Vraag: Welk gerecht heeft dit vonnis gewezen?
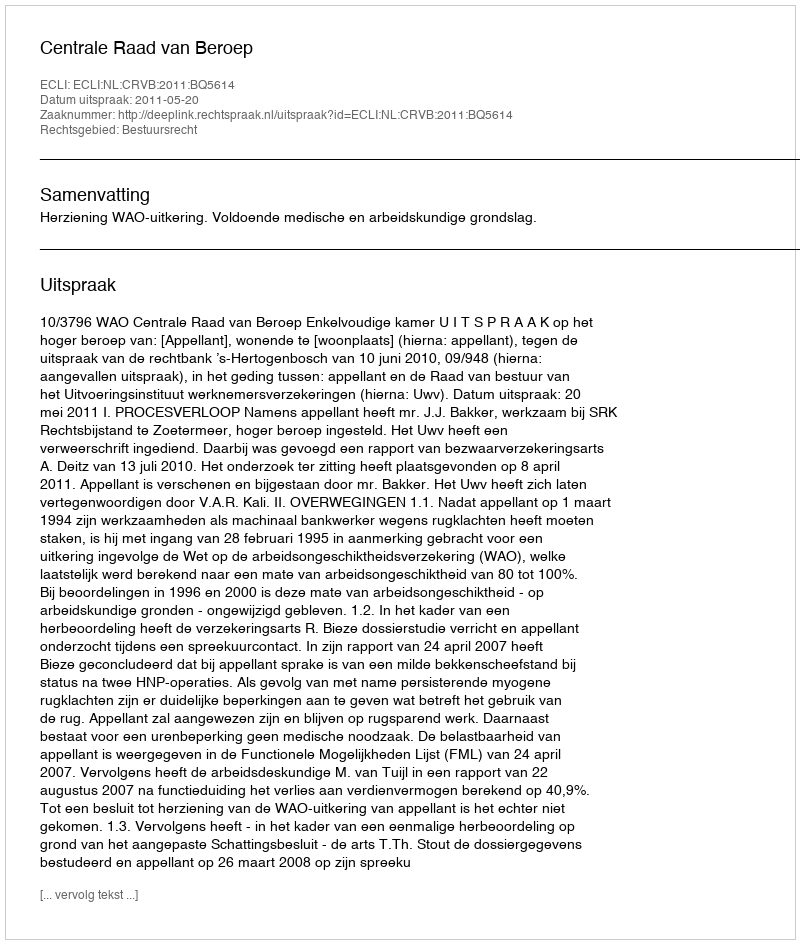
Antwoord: Centrale Raad van Beroep